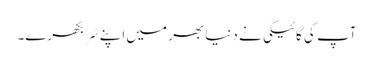
آپ کی گائیگی نے دنیا بھر میں اپنے سُر بکھرے۔